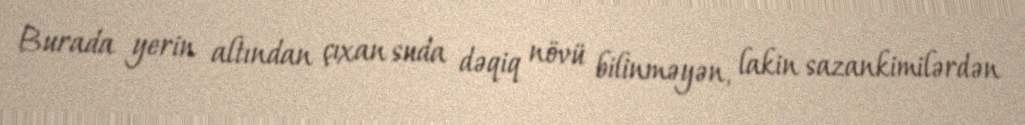
Burada yerin altından çıxan suda dəqiq növü bilinməyən, lakin sazankimilərdən